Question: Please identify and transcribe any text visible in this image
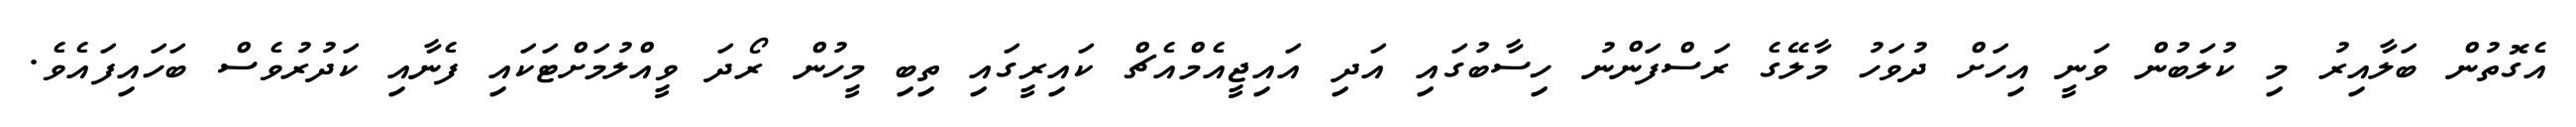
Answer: އެގޮތުން ބަލާއިރު މި ކުލަބުން ވަނީ އިހަށް ދުވަހު މާލޭގެ ރަސްފަންނު ހިސާބުގައި އަދި އައިޖީއެމްއެޗް ކައިރީގައި ތިބި މީހުން ރޯދަ ވީއްލުމަށްޓަކައި ފެނާއި ކަދުރުވެސް ބަހައިފައެވެ.